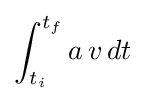
\int _{t_{i}}^{t_{f}}a\,v\,dt